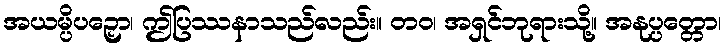
အယမ္ပိပဉှော၊ ဤပြဿနာသည်လည်း။ တဝ၊ အရှင်ဘုရားသို့။ အနုပ္ပတ္တော၊